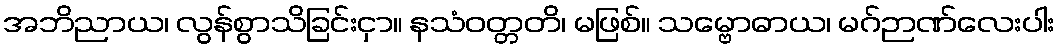
အဘိညာယ၊ လွန်စွာသိခြင်းငှာ။ နသံဝတ္တတိ၊ မဖြစ်။ သမ္ဗောဓာယ၊ မဂ်ဉာဏ်လေးပါး